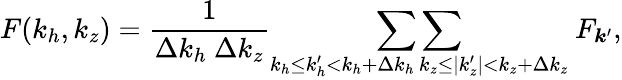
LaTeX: F(k_{h},k_{z})=\frac{1}{\Delta k_{h}~\Delta k_{z}}\mathop{\sum\sum}_{\substack{k_{h}\leq k_{h}^{\prime}<k_{h}+\Delta k_{h}\, k_{z}\leq|k_{z}^{\prime}|<k_{z}+\Delta k_{z}}}~F_{\boldsymbol{k}^{\prime}},